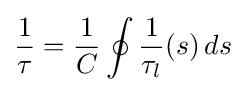
{\frac {1}{\tau }}={\frac {1}{C}}\oint {\frac {1}{\tau _{l}}}(s)\,ds